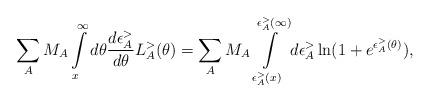
LaTeX: \begin{align*}\sum_A M_A \int\limits_{x}^{\infty} d \theta \frac{d \epsilon_A^{>}} {d \theta} L_A^{>}(\theta)= \sum_A M_A \int\limits_{\epsilon_A^{>}(x)}^{\epsilon_A^{>}(\infty)} d \epsilon_A^{>} \ln ( 1 + e^{\epsilon_A^{>} (\theta)}),\end{align*}